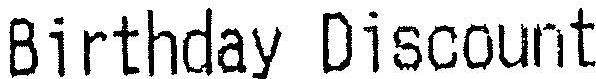
BIRTHDAY DISCOUNT